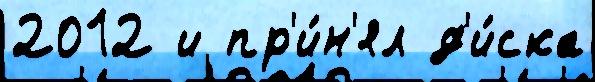
2012 и пр'и́н'ял д'и́ска